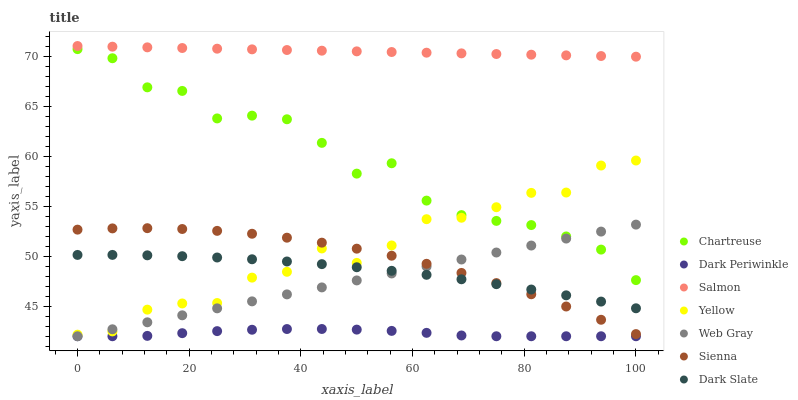
| xaxis_label | Chartreuse | Dark Periwinkle | Salmon | Yellow | Web Gray | Sienna | Dark Slate |
 | --- | --- | --- | --- | --- | --- | --- | --- |
 | 0 | 70.7 | 42 | 71 | 42.2 | 42 | 52.7 | 50.1 |
 | 6.25 | 69.8 | 42 | 70.9 | 42.5 | 42.7 | 52.8 | 50.1 |
 | 12.5 | 66.9 | 42 | 70.9 | 44.7 | 43.4 | 52.8 | 50.1 |
 | 18.8 | 66.5 | 42.3 | 70.8 | 45.3 | 44.1 | 52.7 | 50 |
 | 25 | 63.8 | 42.5 | 70.7 | 45.3 | 44.8 | 52.5 | 49.9 |
 | 31.2 | 64 | 42.7 | 70.7 | 47.9 | 45.5 | 52.2 | 49.7 |
 | 37.5 | 63.7 | 42.7 | 70.6 | 48.4 | 46.2 | 51.8 | 49.5 |
 | 43.8 | 61.3 | 42.7 | 70.5 | 50.8 | 46.9 | 51.4 | 49.2 |
 | 50 | 58.2 | 42.7 | 70.5 | 49.3 | 47.6 | 50.8 | 48.9 |
 | 56.2 | 59.3 | 42.5 | 70.4 | 51.1 | 48.3 | 50 | 48.5 |
 | 62.5 | 55.6 | 42.3 | 70.3 | 53.7 | 49 | 49.2 | 48.1 |
 | 68.8 | 54.1 | 42.1 | 70.3 | 53.8 | 49.7 | 48.3 | 47.7 |
 | 75 | 53.5 | 42 | 70.2 | 54.9 | 50.4 | 47.3 | 47.2 |
 | 81.2 | 53.1 | 42 | 70.1 | 56.3 | 51.1 | 46.2 | 46.7 |
 | 87.5 | 52 | 42 | 70.1 | 56.4 | 51.8 | 45 | 46.1 |
 | 93.8 | 50.7 | 42 | 70 | 59.1 | 52.5 | 43.6 | 45.5 |
 | 100 | 47.6 | 42 | 69.9 | 59.6 | 53.2 | 42.2 | 44.8 |